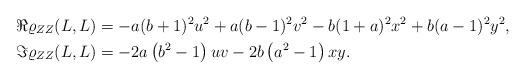
LaTeX: \begin{align*}\Re \varrho _{ZZ}(L,L)& =-a (b+1)^2 u^2 + a (b-1)^2 v^2 - b(1 + a)^2 x^2 + b(a-1)^2 y^2,\\\Im \varrho _{ZZ}(L,L)& =-2 a \left(b^2-1\right) u v -2b \left(a^2-1\right) x y.\end{align*}